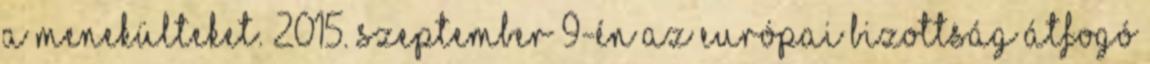
a menekülteket. 2015. szeptember 9-én az Európai Bizottság átfogó